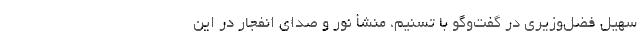
سهیل فضل‌وزیری در گفت‌وگو با تسنیم، منشأ نور و صدای انفجار در این